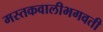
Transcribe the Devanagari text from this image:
मस्तकवालीभगवती